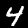
Digit: 4